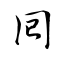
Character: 囘